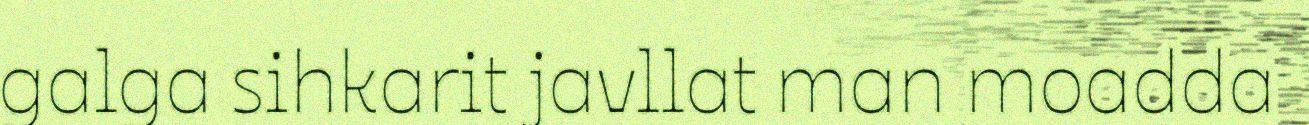
galga sihkarit javllat man moadda